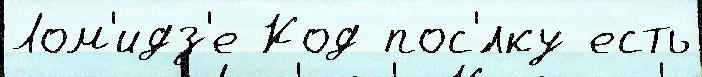
Лом'идз'е Код пос'́лку есть